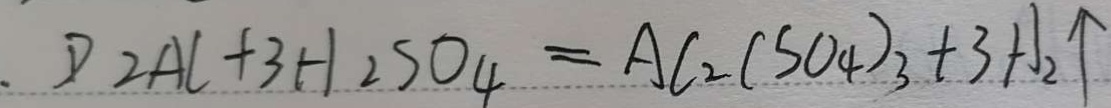
\cdot D 2 A l + 3 H _ { 2 } S O _ { 4 } = A l _ { 2 } ( S O _ { 4 } ) _ { 3 } + 3 H _ { 2 } \uparrow